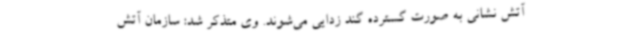
آتش نشانی به صورت گسترده گند زدایی می‌شوند. وی متذکر شد: سازمان آتش